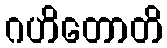
ဂဟိတောတိ